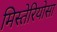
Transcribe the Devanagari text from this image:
मिस्तेरियोसा